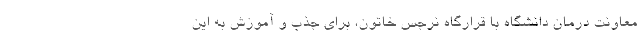
معاونت درمان دانشگاه با قرارگاه نرجس خاتون، برای جذب و آموزش به این